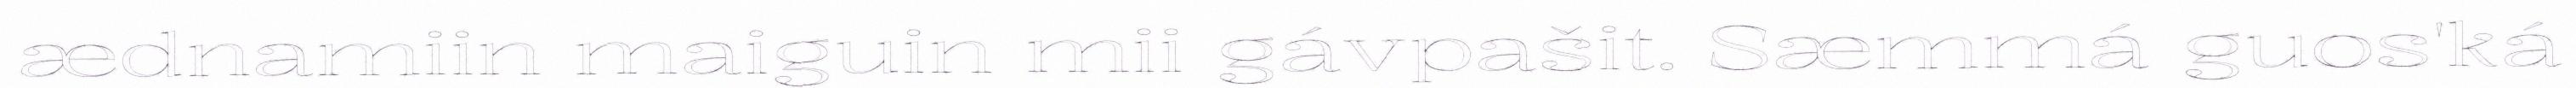
ædnamiin maiguin mii gávpašit. Sæmmá guos'ká